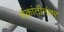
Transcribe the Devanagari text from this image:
संक्रांतीनंतर